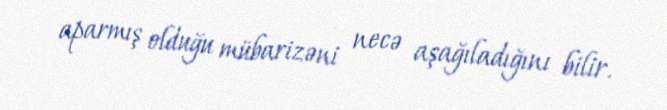
aparmış olduğu mübarizəni necə aşağıladığını bilir.